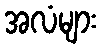
အလံများ